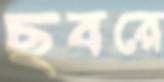
ছবরে